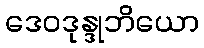
ဒေဝဒုန္ဒုဘိယော